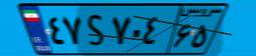
۱۳S۸۰۰۹۴